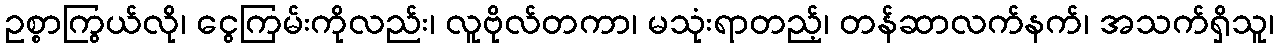
ဥစ္စာကြွယ်လို၊ ငွေကြမ်းကိုလည်း၊ လူဗိုလ်တကာ၊ မသုံးရာတည့်၊ တန်ဆာလက်နက်၊ အသက်ရှိသူ၊